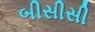
બીસીસી